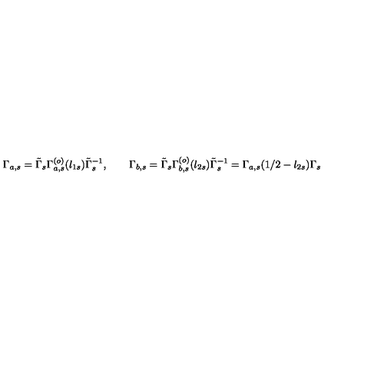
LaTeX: \Gamma _ { a , s } = \tilde { \Gamma } _ { s } \Gamma _ { a , s } ^ { ( o ) } ( l _ { 1 s } ) \tilde { \Gamma } _ { s } ^ { - 1 } , \qquad \Gamma _ { b , s } = \tilde { \Gamma } _ { s } \Gamma _ { b , s } ^ { ( o ) } ( l _ { 2 s } ) \tilde { \Gamma } _ { s } ^ { - 1 } = \Gamma _ { a , s } ( { 1 / 2 } - l _ { 2 s } ) \Gamma _ { s } \qquad